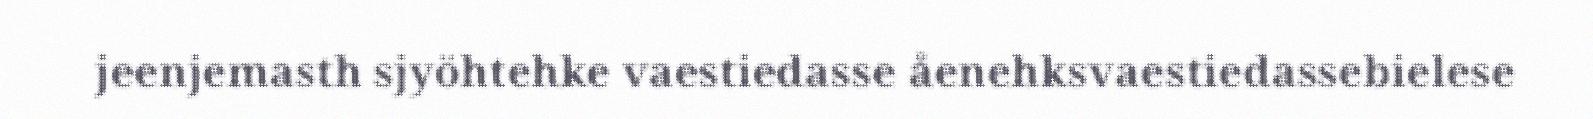
jeenjemasth sjyöhtehke vaestiedasse åenehksvaestiedassebielese